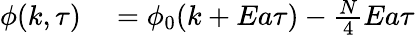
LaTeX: \begin{array}{rl}{\phi(k,\tau)}&{{}=\phi_{0}(k+Ea\tau)-\frac{N}{4}Ea\tau}\end{array}